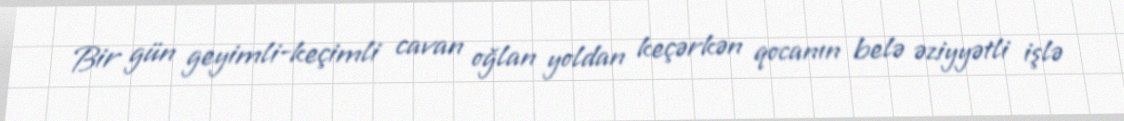
Bir gün geyimli-keçimli cavan oğlan yoldan keçərkən qocanın belə əziyyətli işlə